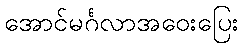
အောင်မင်္ဂလာအဝေးပြေး